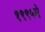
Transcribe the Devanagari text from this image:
१९९५मे